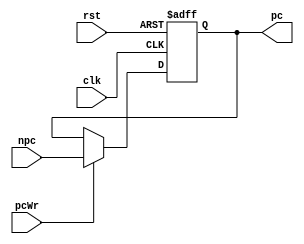
module PC(
    input[31:2] npc,input pcWr,
    input clk,input rst,
    output[31:2] pc
);
    reg[31:2] pcReg;

    always @(posedge clk or posedge rst) begin
        if(rst) begin
            pcReg<={18'b0,12'hc00};
        end
        else if(pcWr) begin
            pcReg<=npc;
        end
    end

    assign pc=pcReg;
endmodule